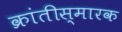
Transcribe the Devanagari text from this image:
क्रांतीस्मारक